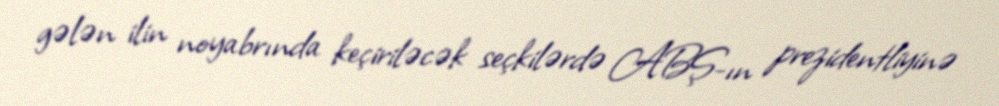
gələn ilin noyabrında keçiriləcək seçkilərdə ABŞ-ın prezidentliyinə